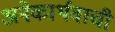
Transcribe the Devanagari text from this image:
अनेकार्थवाची